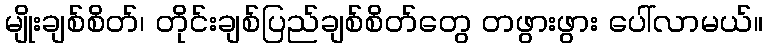
မျိုးချစ်စိတ်၊ တိုင်းချစ်ပြည်ချစ်စိတ်တွေ တဖွားဖွား ပေါ်လာမယ်။